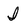
Character: I